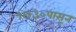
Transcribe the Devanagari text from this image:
१७३०पासून